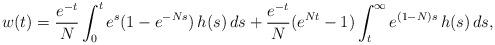
LaTeX: \begin{align*}w(t) = \frac{e^{-t}}{N} \int_0^t e^s ( 1 - e^{-N s} ) \, h(s) \, ds+ \frac{e^{-t}}{N} (e^{N t}-1) \int_t^\infty e^{(1-N)s} \, h(s) \, ds,\end{align*}